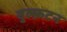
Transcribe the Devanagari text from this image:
वुल्फ़टन